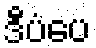
ဒီပံပေ